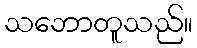
သဘောတူသည်။